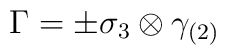
\Gamma = \pm \sigma_3 \otimes \gamma_{(2)}